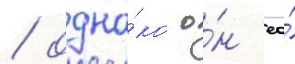
/ одна́ко о́н ео́